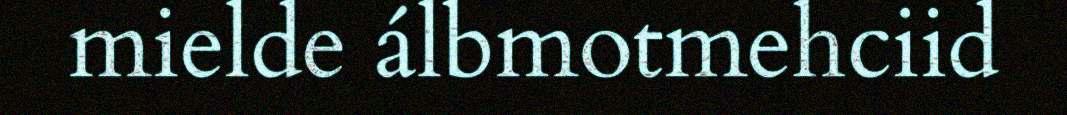
mielde álbmotmehciid